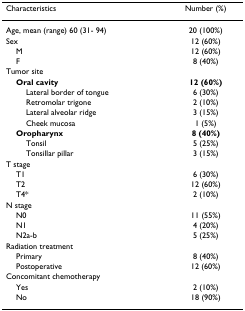
| Characteristics | Number (%) |
 | --- | --- |
 | Age, mean (range) 60 (31- 94) | 20 (100%) |
 | Sex | 12 (60%) |
 | M | 12 (60%) |
 | F | 8 (40%) |
 | Tumor site |  |
 | Oral cavity | 12 (60%) |
 | Lateral border of tongue | 6 (30%) |
 | Retromolar trigone | 2 (10%) |
 | Lateral alveolar ridge | 3 (15%) |
 | Cheek mucosa | 1 (5%) |
 | Oropharynx | 8 (40%) |
 | Tonsil | 5 (25%) |
 | Tonsillar pillar | 3 (15%) |
 | T stage |  |
 | T1 | 6 (30%) |
 | T2 | 12 (60%) |
 | T4* | 2 (10%) |
 | N stage |  |
 | N0 | 11 (55%) |
 | N1 | 4 (20%) |
 | N2a-b | 5 (25%) |
 | Radiation treatment |  |
 | Primary | 8 (40%) |
 | Postoperative | 12 (60%) |
 | Concomitant chemotherapy |  |
 | Yes | 2 (10%) |
 | No | 18 (90%) |